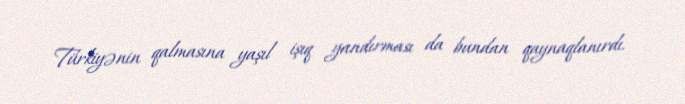
Türkiyənin qalmasına yaşıl işıq yandırması da bundan qaynaqlanırdı.